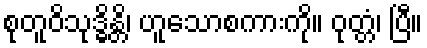
စုတူဝိသုဒ္ဓိန္တိ၊ ဟူသောစကားကို။ ဝုတ္တံ၊ ပြီ။